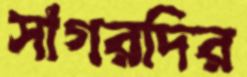
সাগরদির